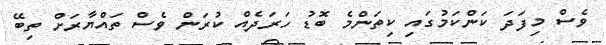
ވެސް މިފަދަ ކަންކަމުގައި ކިތަންމެ ބޮޑު ހަރަދެއް ކުރަން ވެސް ތައްޔާރަށް ތިބޭ